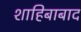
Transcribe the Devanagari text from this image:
शाहिबाबाद